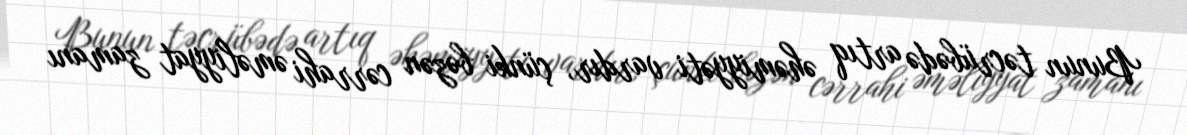
Bunun təcrübədə artıq əhəmiyyəti vardır, çünki bəzən cərrahi əməliyyat zamanı